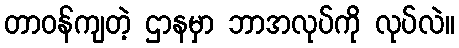
တာဝန်ကျတဲ့ ဌာနမှာ ဘာအလုပ်ကို လုပ်လဲ။